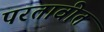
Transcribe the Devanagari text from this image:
परतावीत